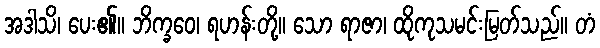
အဒါသိ၊ ပေး၏။ ဘိက္ခဝေ၊ ရဟန်းတို့။ သော ရာဇာ၊ ထိုကုသမင်းမြတ်သည်။ တံ